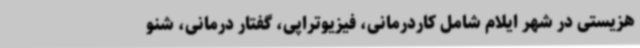
هزیستی در شهر ایلام شامل کاردرمانی، فیزیوتراپی، گفتار درمانی، شنو